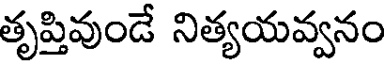
తృప్తివుండే నిత్యయవ్వనం